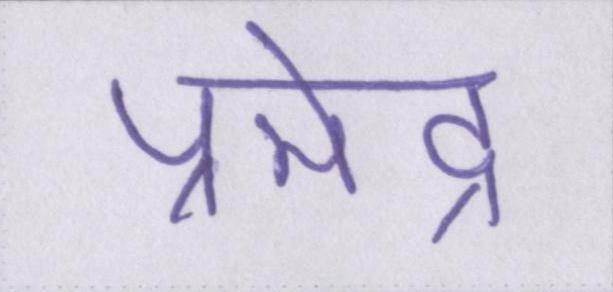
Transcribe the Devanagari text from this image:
प्रमेंद्र